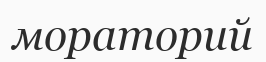
мораторий